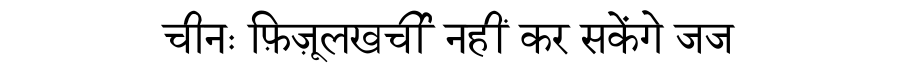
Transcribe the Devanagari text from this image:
चीनः फ़िज़ूलखर्ची नहीं कर सकेंगे जज